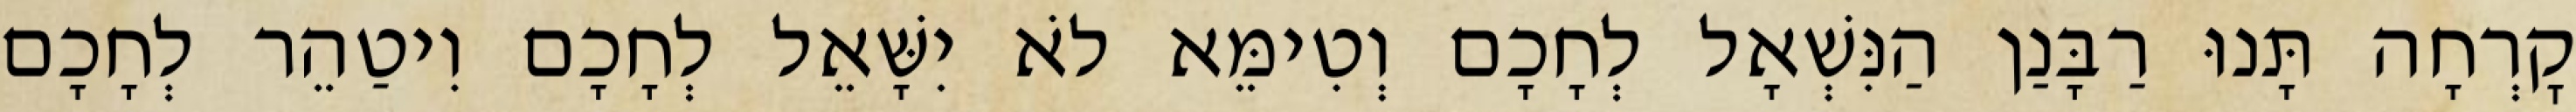
קׇרְחָה תָּנוּ רַבָּנַן הַנִּשְׁאָל לְחָכָם וְטִימֵּא לֹא יִשָּׁאֵל לְחָכָם וִיטַהֵר לְחָכָם